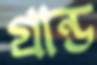
গ্রান্ড